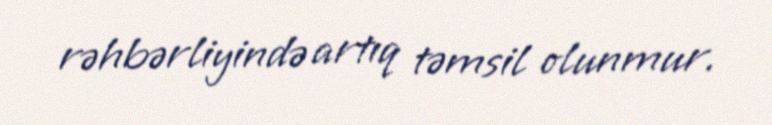
rəhbərliyində artıq təmsil olunmur.